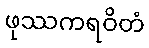
ဖုဿကရဝိတံ